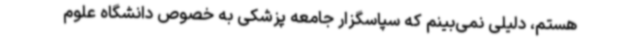
هستم، دلیلی نمی‌بینم که سپاسگزار جامعه پزشکی به خصوص دانشگاه علوم